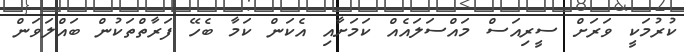
ކުރުމަކީ ވަރަށް ސީރިއަސް މައްސަލައެއް ކަމަށާއި އެކަން ކަމާ ބެހޭ ފަރާތްތަކުން ބައްލަވަން